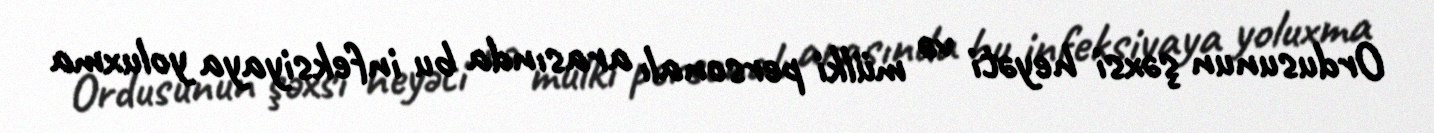
Ordusunun şəxsi heyəti və mülki personalı arasında bu infeksiyaya yoluxma